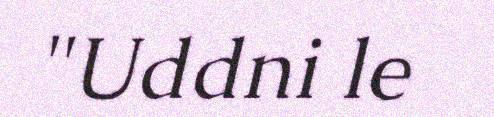
"Uddni le